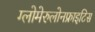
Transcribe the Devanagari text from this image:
ग्लोमेरुलोनफ्राइटिस